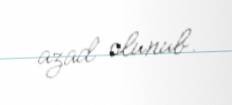
azad olunub.